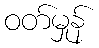
ဝတ်မှုန်